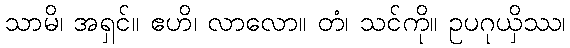
သာမိ၊ အရှင်။ ဧဟိ၊ လာလော။ တံ၊ သင်ကို။ ဥပဂုယှိဿ၊